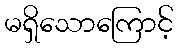
မရှိသောကြောင့်